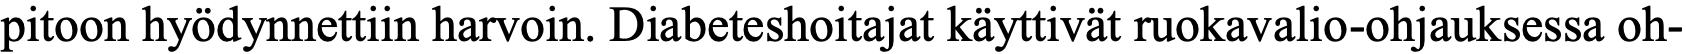
pitoon hyödynnettiin harvoin. Diabeteshoitajat käyttivät ruokavalio-ohjauksessa oh-